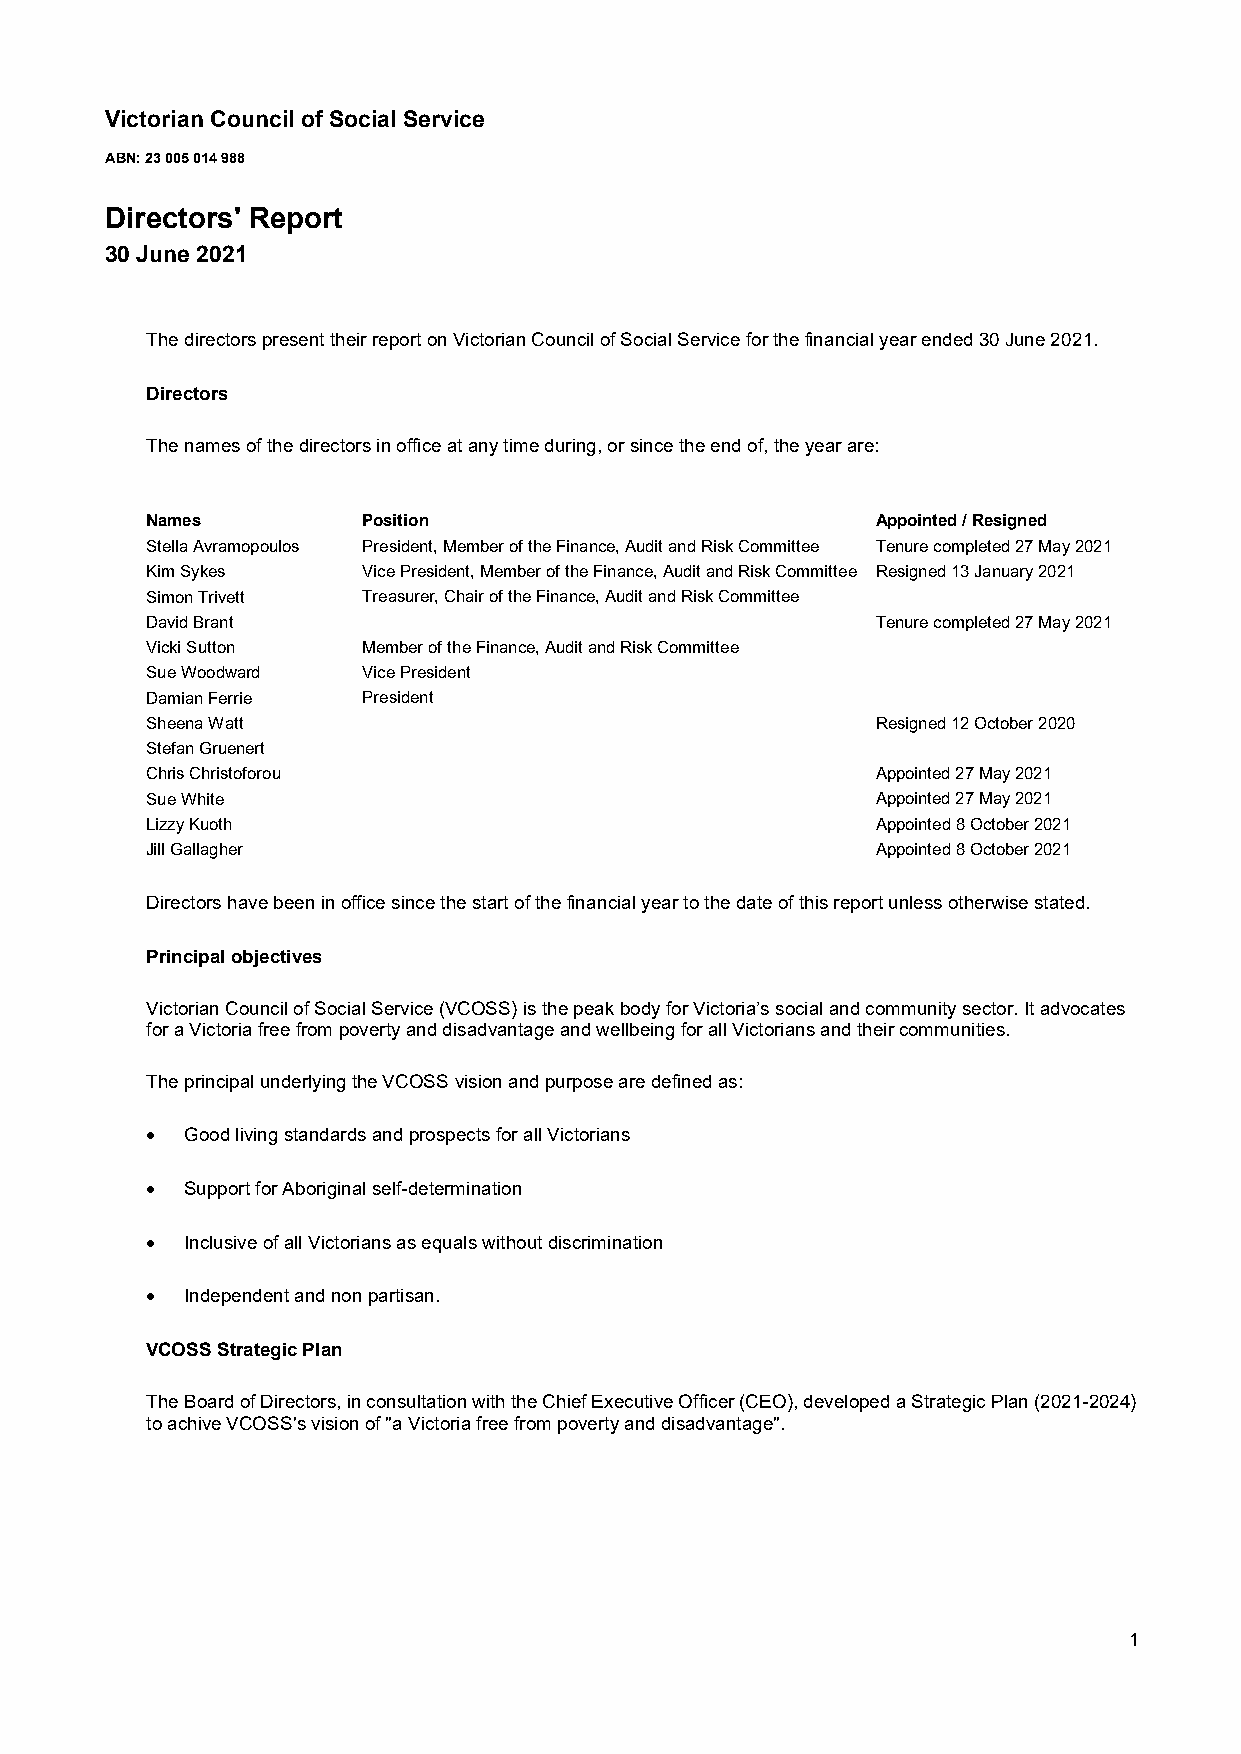
Victorian Council of Social Service
 ABN: 23 005 014 988
 Directors' Report
 30 June 2021
 The directors present their report on Victorian Council of Social Service for the financial year ended 30 June 2021.
 Directors
 The names of the directors in office at any time during, or since the end of, the year are:
 Names         Position                          Appointed / Resigned
 Stella Avramopoulos President, Member of the Finance, Audit and Risk Committee Tenure completed 27 May 2021
 Kim Sykes     Vice President, Member of the Finance, Audit and Risk Committee Resigned 13 January 2021
 Simon Trivett Treasurer, Chair of the Finance, Audit and Risk Committee
 David Brant                                     Tenure completed 27 May 2021
 Vicki Sutton  Member of the Finance, Audit and Risk Committee
 Sue Woodward  Vice President
 Damian Ferrie President
 Sheena Watt                                     Resigned 12 October 2020
 Stefan Gruenert
 Chris Christoforou                              Appointed 27 May 2021
 Sue White                                       Appointed 27 May 2021
 Lizzy Kuoth                                     Appointed 8 October 2021
 Jill Gallagher                                  Appointed 8 October 2021
 Directors have been in office since the start of the financial year to the date of this report unless otherwise stated.
 Principal objectives
 Victorian Council of Social Service (VCOSS) is the peak body for Victoria’s social and community sector. It advocates
 for a Victoria free from poverty and disadvantage and wellbeing for all Victorians and their communities.
 The principal underlying the VCOSS vision and purpose are defined as:
  Good living standards and prospects for all Victorians
  Support for Aboriginal self-determination
  Inclusive of all Victorians as equals without discrimination
  Independent and non partisan.
 VCOSS Strategic Plan
 The Board of Directors, in consultation with the Chief Executive Officer (CEO), developed a Strategic Plan (2021-2024)
 to achive VCOSS's vision of "a Victoria free from poverty and disadvantage".
 1